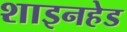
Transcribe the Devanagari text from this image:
शाइनहेड